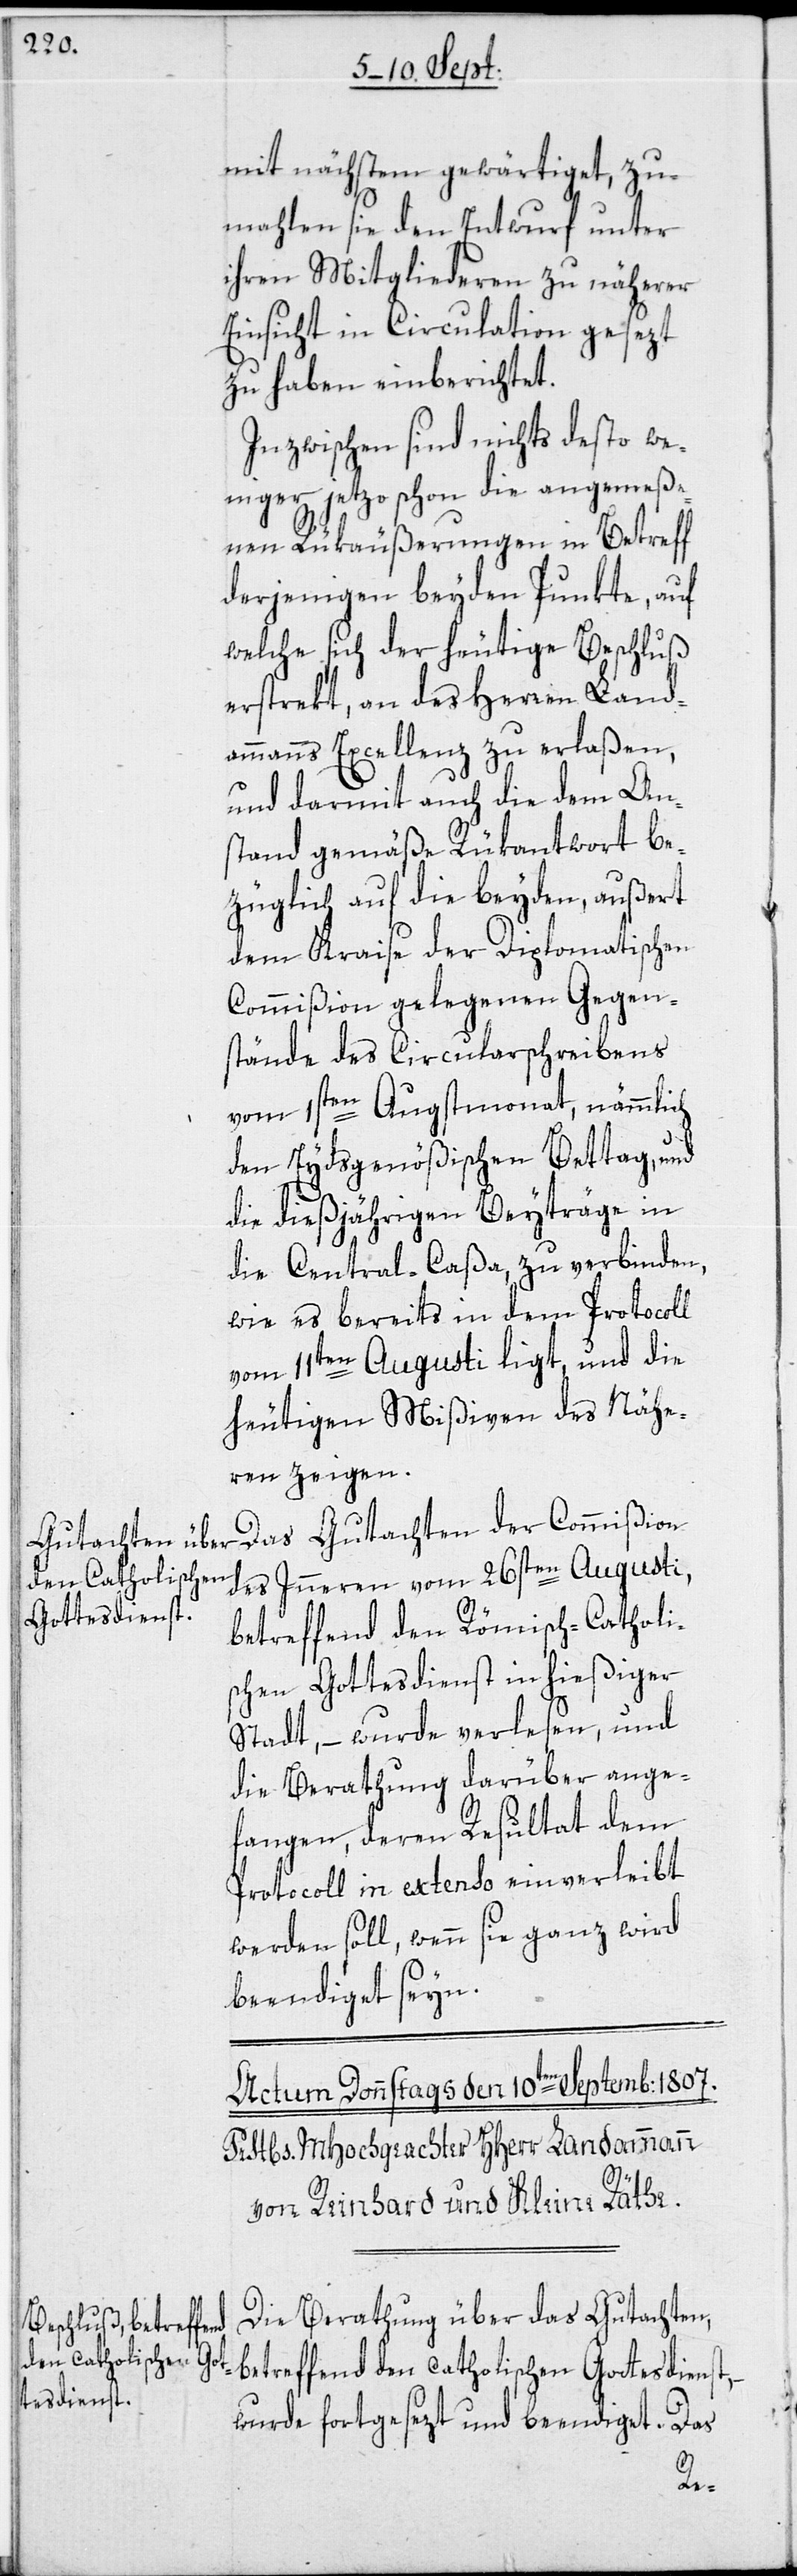
mit nächstem gewärtiget, zu¬
mahlen sie den Entwurf unter
ihren Mitgliederen zu näherer
Einsicht in Circulation gesezt
zu haben einberichtet.
Inzwischen sind nichts desto we¬
niger jetzo schon die angemeße¬
nen Rükäußerungen in Betreff
derjenigen beyden Punkte, auf
welche sich der heutige Beschluß
erstrekt, an des Herren Land¬
ammanns Excellenz zu erlaßen,
und darmit auch die dem An¬
stand gemäße Rükantwort be¬
züglich auf die beyden, außert
dem Kraise der Diplomatischen
Commißion gelegenen Gegen¬
stände des Circularschreibens
vom 1sten Augstmonat, nämmlich
den Eydsgenößischen Bettag, und
die dießjährigen Beyträge in
die Central-Caßa, zu verbinden,
wie es bereits in dem Protocoll
vom 11ten Augusti ligt, und die
heutigen Mißiven des Nähe¬
ren zeigen.
Das Gutachten der Commißion
betreffend den Römisch-Catholi¬
schen Gottesdienst in hießiger
Stadt, – wurde verlesen, und
die Berathung darüber ange¬
fangen, deren Resultat dem
Protocoll in extenso einverleibt
werden soll, wenn sie ganz wird
beendiget seyn.
Die Berathung über das Gutachten,
betreffend den catholischen Gottesdienst,
wurde fortgesezt und beendiget. Das